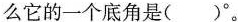
么它的一个底角是( )^{\circ}。